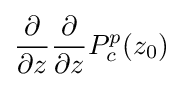
{\frac {\partial }{\partial {z}}}{\frac {\partial }{\partial {z}}}P_{c}^{p}(z_{0})